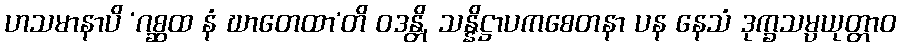
ဟသမာနာပိ ‘ဂစ္ဆထ နံ ဃာတေထာ’တိ ဝဒန္တိ, သန္နိဋ္ဌာပကစေတနာ ပန နေသံ ဒုက္ခသမ္ပယုတ္တာဝ